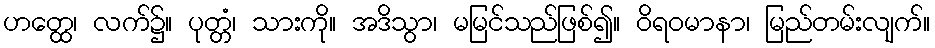
ဟတ္ထေ၊ လက်၌။ ပုတ္တံ၊ သားကို။ အဒိသွာ၊ မမြင်သည်ဖြစ်၍။ ဝိရဝမာနာ၊ မြည်တမ်းလျက်။